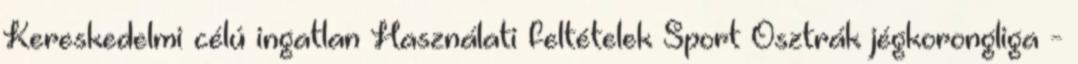
Kereskedelmi célú ingatlan Használati feltételek Sport Osztrák jégkorongliga -